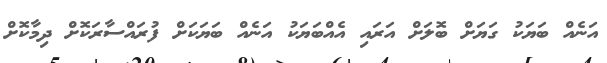
އަނެއް ބަޔަކު ގަޔަށް ބޮލަށް އަރައި އެއްބަޔަކު އަނެއް ބަޔަކަށް ފުރައްސާރަކޮށް ދިމާކޮށް